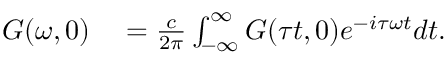
\begin{array} { r l } { G ( \omega , 0 ) } & { { } = \frac { c } { 2 \pi } \int _ { - \infty } ^ { \infty } G ( \tau t , 0 ) e ^ { - i \tau \omega t } d t . } \end{array}